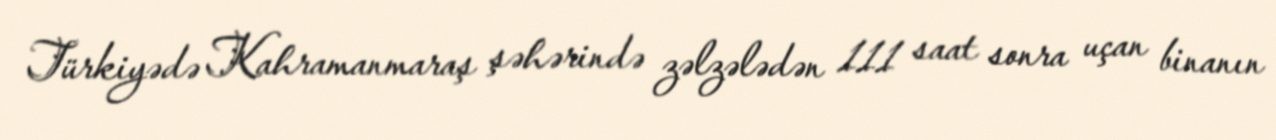
Türkiyədə Kahramanmaraş şəhərində zəlzələdən 111 saat sonra uçan binanın